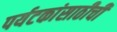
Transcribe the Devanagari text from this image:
पर्यटकांसाठीची